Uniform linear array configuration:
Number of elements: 16
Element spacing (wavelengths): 0.25
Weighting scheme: hann
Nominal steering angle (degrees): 45
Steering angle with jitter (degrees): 44.883
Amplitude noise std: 0.05
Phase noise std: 0.05

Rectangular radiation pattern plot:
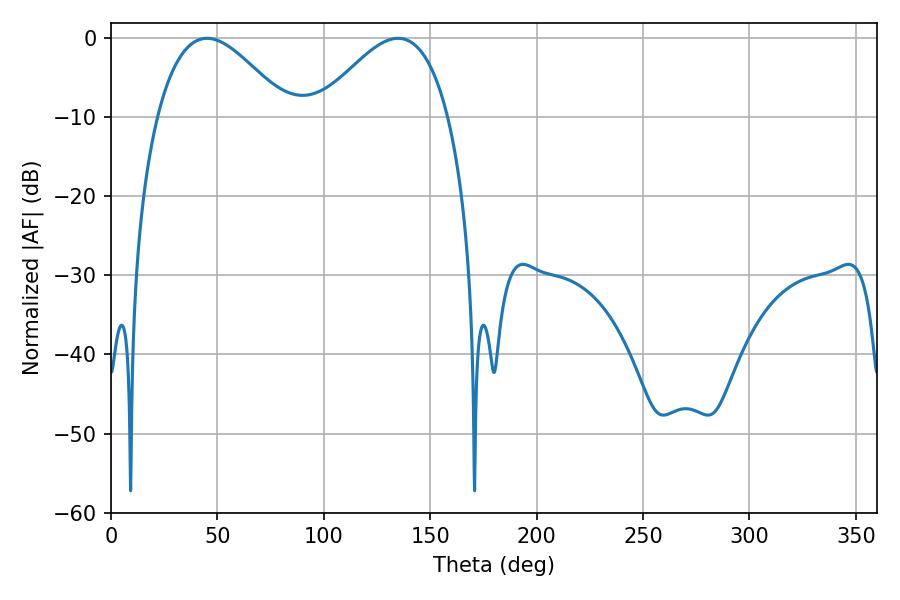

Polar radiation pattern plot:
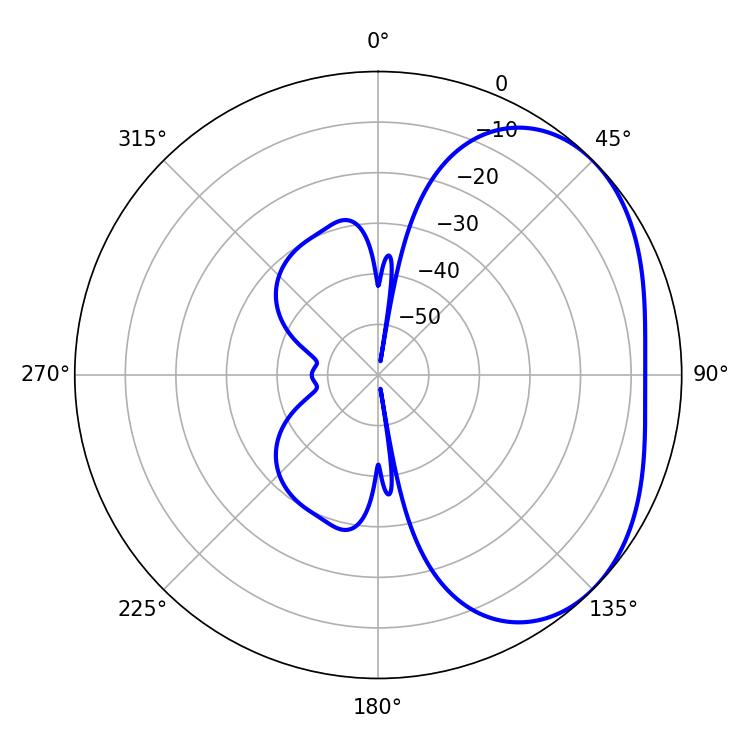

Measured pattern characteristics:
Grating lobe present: FALSE
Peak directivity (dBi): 3.162
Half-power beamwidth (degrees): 33.12
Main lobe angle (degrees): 45.18